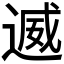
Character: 𮞩